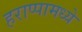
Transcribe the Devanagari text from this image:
हराप्पामध्ये